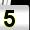
Digit: 5